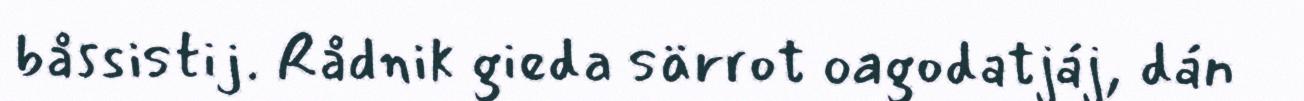
båssistij. Rådnik gieda särrot oagodatjáj, dán